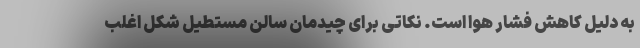
به دلیل کاهش فشار هوا است. نکاتی برای چیدمان سالن مستطیل شکل اغلب